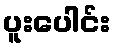
ပူးပေါင်း